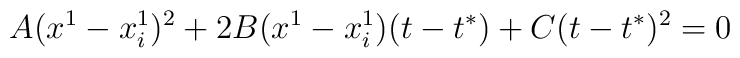
A(x^1-x_i^1)^2+2B(x^1-x_i^1)(t-t^{*})+C(t-t^{*})^2=0